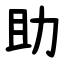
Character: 助